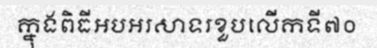
ក្នុងពិធីអបអរសាទរខួបលើកទី៧០